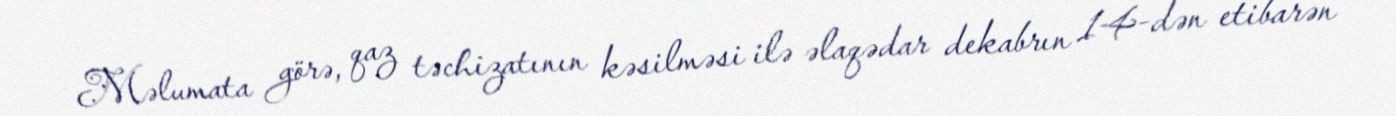
Məlumata görə, qaz təchizatının kəsilməsi ilə əlaqədar dekabrın 14-dən etibarən